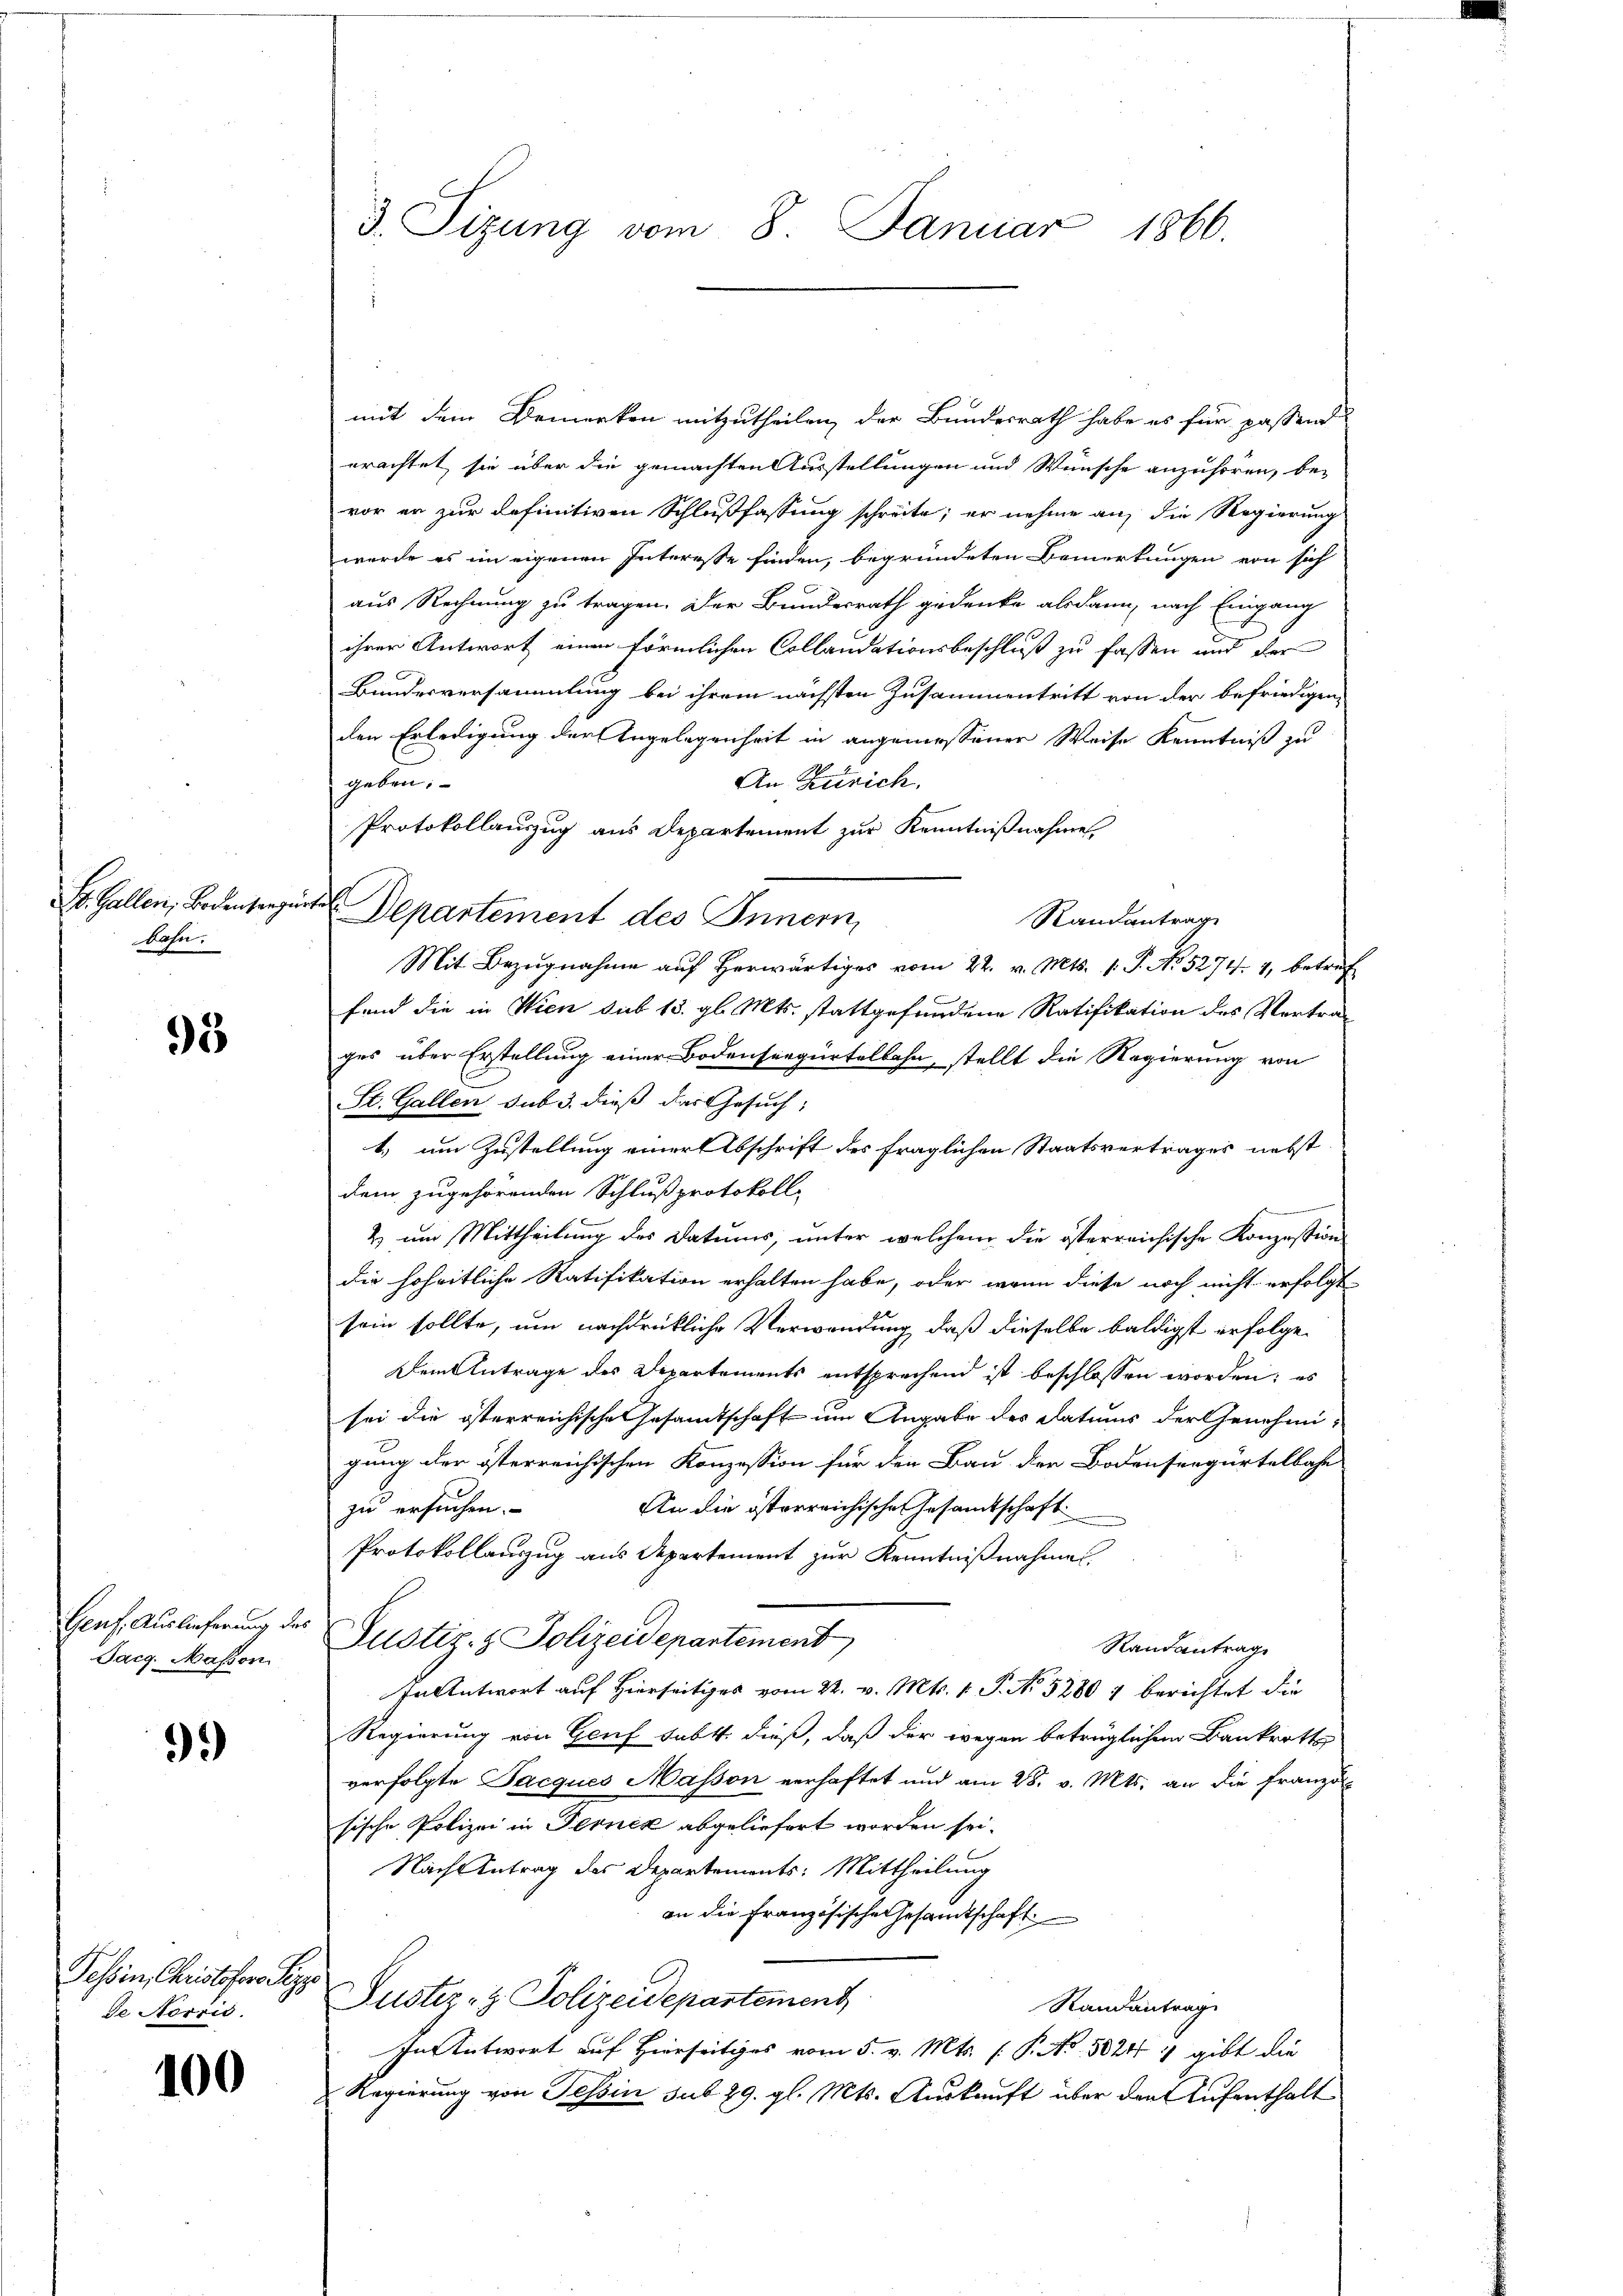
St. Gallen, Bodensangun
bahn.

95

Genf. Auslieferung des
Jarg. Maßen

9)

fchen Kautschen
de Norris.

100

3. Sizung vom 8. Januar 1866.

i

s
mit dem Bemerken mitzutheilen, der Bundesrath habe es für passend
erachtet sie über die gemachten Ausstellungen und Wünsche anzuhören, be-
vor er zur definitiven Schlußfassung schreite; er nehme an, die Regierung
werde es in eigenen Interesse finden, begründeten Bemerkungen von sich
aus Rechnung zu tragen. Der Bundesrath gedenke alsdann nach Eingang
ihrer Antwort einen förmlichen Collandationsbeschluß zu fassen und der
Bundesversammlung bei ihrem nächsten Zusammentritt von der befriedigen
den Erledigung der Angelegenheit in angemessener Weise Kenntniß zu
An Zürich.
geben:
Protokollauzug aus Departement zur Kenntnißnahme
Departement des Innern,
Randantrage
Mit Bezŭgnahme aŭf herwärtiges vom 22. v. Mts. 1. P. No. 5274. 4, betref
fand die in Wien sub 13. gl. Mts. stattgefundene Ratifikation des Vertrages über Erstellung einer Bodenseegürtelbahn, stellt die Regierung von
St. Gallen sub 3. dieß das Gesuch,
t.) um Zustellung einer Abschrift des fraglichen Staatsvertrages nebst
dem zugehörenden Schlußprotokoll
2 um Mittheilung des Datums, unter welchem die österreichische Konzession
die hoheitliche Ratifikation erhalten habe, oder wenn diese noch nicht erfolgt
sein sollte, um nachdrückliche Verwendung, daß dieselbe baldigst erfolge
Dem Antrage des Departements entsprechend ist beschlossen worden; es
sei die österreichische Gesamtschaft um Angabe des Datums der Genehmigung der österreichischen Konzession für den Bau der Bodenseegürtelbahn
An die österreichischen Gesamtschaft
zu ersuchen.
Protokollauszug aus Departement zur Kenntniβnahme
Justiz- & Polizeidepartement
Randantrag
In Antwort auf Hierseitiges vom 22. v. Mts. 1 S. 52807 berichtet die
Regierung von Genf sabtt. dieß, daß der wegen betrüglichen Bankrott
verfolgte Jacques Masson verhaftet und am 28. v. Mts. an die Französische Polizei in Fernek abgeliefert worden sei.
Nach Antrag des Departements: Mittheilung
an die Französische Gesandtschaft
Justiz- & Polizeidepartement
Randantrag
In Antwort auf Hierseitiges vom 5. v. Mts. (T. No. 5024 1 gibt die
Regierung von Tessin sub 29. gl. Mts. Auskauft über den Aufenthalt